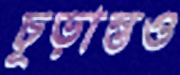
চূড়ান্তও